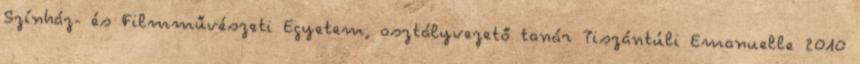
Színház- és Filmművészeti Egyetem, osztályvezető tanár Tiszántúli Emanuelle 2010